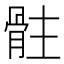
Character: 𩨻